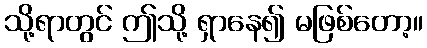
သို့ရာတွင် ဤသို့ ရှာနေ၍ မဖြစ်တော့။